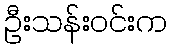
ဦးသန်းဝင်းက